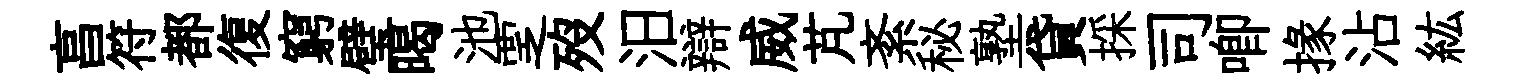
亯符都復窮璧暍池覂歿汨辯威芃紊秘塾貸採司唧掾沾紘